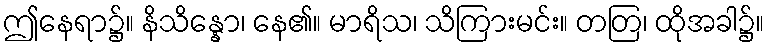
ဤနေရာ၌။ နိသိန္နော၊ နေ၏။ မာရိသ၊ သိကြားမင်း။ တတြ၊ ထိုအခါ၌။